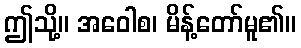
ဤသို့။ အဝေါစ၊ မိန့်တော်မူ၏။